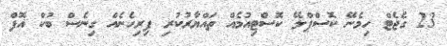
23 ގެޖެޓް ހިމެނޭ ކޮސްޕްލޭ ކޮސްޓިއުމެއް ތައްޔާރުކުރިި ފިރިހެނެއް ގިނެސް ބުކް އޮފް